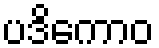
ပဒိကောဝ